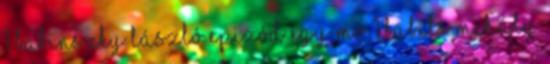
1 Babinszky László Epizód egy mo 1 Babits Mihály